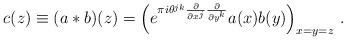
LaTeX: \begin{align*}c(z) \equiv (a\ast b ) (z) = \left( e^{\pi i \theta^{jk}\frac{\partial}{\partial x^{j}}\frac{\partial}{\partial y^{k}}} a(x)b(y) \right)_{x=y=z} \, .\end{align*}